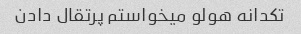
تکدانه هولو میخواستم پرتقال دادن